Report on malaria in the Punjab during the year ...  together with an account of the work of the Punjab Malaria Bureau - Volume 2
Disease focus: Malaria
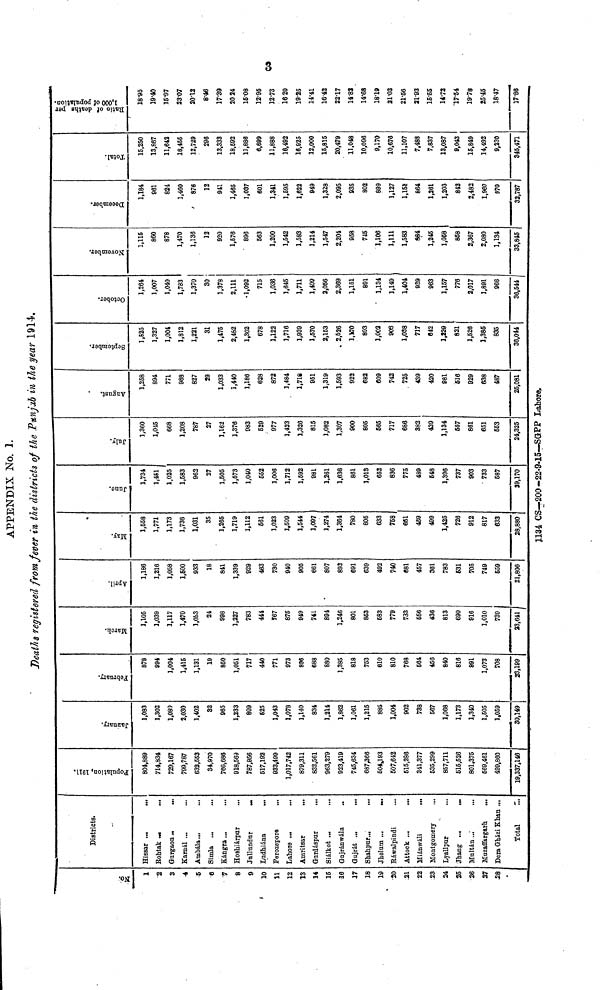
3
APPENDIX No. 1.
Deaths registered from fever in the districts of the Panjab in the year 1914.
No.
1
2
3
4
5
6
7
8
9
10
11
12
13
14
16
16
17
18
19
20
21
22
23
24
25
26
27
28
Districts.
Hissar ...
...
Rohtak ...
Gurgaon
..
...
Karnál ...
Ambála ...
...
Simla ...
Kángra ...
Hoshiárpur
Jullundur
...
Ludhiána
...
Ferozepore
Lahore ...
Amritsar
...
Gnrdáspur
Siálkot ...
Gajránwála
Gujrát ...
...
Shahpur...
...
Jhelum ...
...
Ráwalpindi
...
Attock ...
Miánwáli
...
Montgomery
Lyallpur
Jhang ...
...
Multán ...
Muzaffargarh
...
Dera Gházi Khan ...
Total
Population, 1911.
804,889
714,834
729,167
799,787
632,653
34,970
766,688
918,569
787,956
617,192
933,499
1,017,742
879,311
833,561
963,279
923,419
745,634
687,366
504,193
507,642
615,286
341,377
535,299
857,711
615,526
801,375
669,461
499,860
19,337,146
January.
1,083
1,302
1,080
2,030
1,402
32
965
1,233
809
625
1,043
1,078
1,140
834
1,214
1,862
1,061
1,215
885
1,004
902
738
667
1,068
1,173
1,340
1,505
1,059
30,149
February.
878
994
1,004
1,416
1,131
19
850
1,051
717
440
771
973
896
688
880
1,385
818
753
610
810
768
664
456
840
816
891
1,073
708
23,199
Mar ch.
1,105
1,039
1,117
1,470
1,053
24
998
1,227
783
444
767
875
949
741
894
1,246
801
853
683
779
733
656
436
813
690
916
1,010
739
93,641
Apri.l
1,186
1,216
1,058
1,600
933
18
841
1,339
929
463
730
940
905
661
807
892
691
639
492
740
681
457
361
783
631
705
749
659
21,806
May.
1,558
1,771
1,173
1,736
1,031
35
1,265
1,719
1,112
661
1,023
1,509
1,544
1,097
1,274
1,364
780
805
633
758
661
459
499
1,425
726
912
817
633
28,880
June.
1,734
1,451
1,025
1,583
962
27
1,505
1,573
1,040
552
1,006
1,712
1,592
981
1,261
1,636
861
1,013
652
836
775
489
648
1,396
737
903
733
687
39,170
July
1,360
1,045
668
1,208
787
27
1,162
1,376
983
629
977
1,423
1,326
815
1,082
1,307
900
805
565
717
686
382
439
1,134
657
861
651
663
24,325
August.
1,258
894
771
988
827
29
1,033
1,440
1,186
628
872
1,484
1,718
951
1,319
1,593
922
682
609
742
725
439
420
981
516
929
638
487
25,081
1,525
1,327
1,004
1,812
1,221
31
1,475
2,482
1,302
678
1,122
1,716
1,939
1,570
2,153
2,526
1,170
893
1,002
903
1,038
717
642
1,229
821
1,526
1,385
835
36,044
1,264
1,007
1,040
1,733
1,370
30
1,378
2,111
1,092
715
1,036
1,645
1,711
1,499
2,056
2,369
1,151
891
1,134
1,149
1,404
939
963
1,157
776
2,017
1,891
966
36,544
November.
1,115
860
878
1,470
1,136
12
920
1,576
' 896
563
1,200
1,642
1,583
1,214
1,547
2,204
958
745
1,106
1,111
1,583
884
1,245
1,058
858
2,367
2,080
1,134
33,845
1,184
961
824
1,460
876
12
941
1,465
1,037
601
1,341
1,695
1,622
949
1,328
2,095
935
802
899
1,127
1,151
864
1,261
1,203
842
2,482
1,960
970
32,787
Total.
15,250
13,867
11,642
18,455
12,729
296
13,333
18,592
11,888
6,699
11,888
16,492
16,925
12,000
15,815
20,479
11,048
10,096
9,170
10,676
11,107
7,483
7,837
13,087
9,043
15,849
14,492
9,230
845,471
18-95
19-40
16-97
23-07
20-12
846
17.39
2024
16.08
12.95
12.73
1620
19.25
14.41
16.42
22.17
14.82
14.68
18.19
21.03
21.66
21.03
15.65
14.73
17.54
19.78
25.45
18.47
17.86
1134 CS—200-22.9.15—SGPP Lahore.